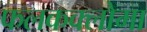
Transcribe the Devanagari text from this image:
फलकक्लोमा